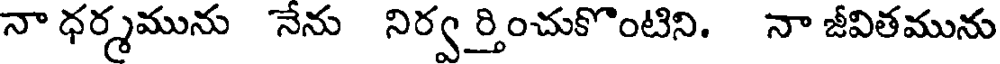
నా ధర్మమును నేను నిర్వ ర్తించుకొంటిని. నా జీవితమును